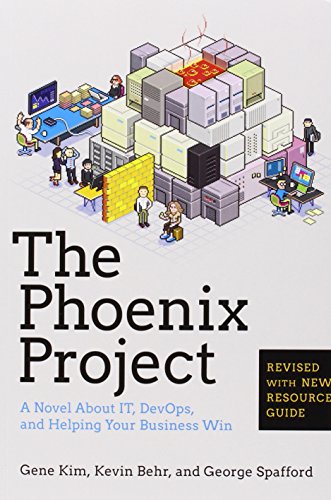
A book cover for The Phoenix Project: A Novel about IT, DevOps, and Helping Your Business Win; Gene Kim; Computers & Technology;